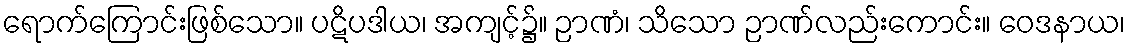
ရောက်ကြောင်းဖြစ်သော။ ပဋိပဒါယ၊ အကျင့်၌။ ဉာဏံ၊ သိသော ဉာဏ်လည်းကောင်း။ ဝေဒနာယ၊